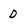
Character: D